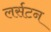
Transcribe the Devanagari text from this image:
लर्सटन